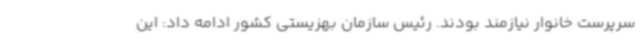
سرپرست خانوار نیازمند بودند. رئیس سازمان بهزیستی کشور ادامه داد: این